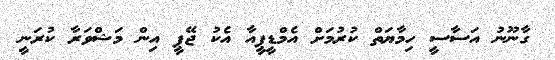
ގާނޫނު އަސާސީ ހިމާޔަތް ކުރުމަށް އެމްޑީޕީއާ އެކު ޖޭޕީ އިން މަޝްވަރާ ކުރަނީ